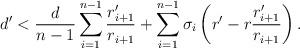
LaTeX: \begin{align*}d' < \frac{d}{n-1}\sum_{i=1}^{n-1}\frac{r'_{i+1}}{r_{i+1}} +\sum_{i=1}^{n-1}\sigma_i \left(r'-r\frac{r'_{i+1}}{r_{i+1}}\right).\end{align*}